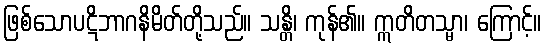
ဖြစ်သောပဋိဘာဂနိမိတ်တို့သည်။ သန္တိ၊ ကုန်၏။ ဣတိတသ္မာ၊ ကြောင့်။